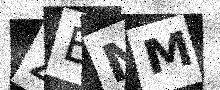
Text: ZENM